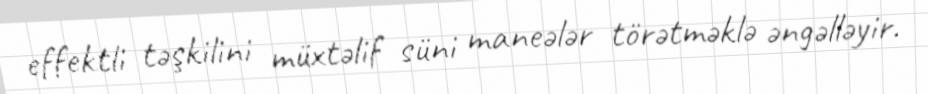
effektli təşkilini müxtəlif süni maneələr törətməklə əngəlləyir.